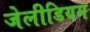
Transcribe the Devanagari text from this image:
जेलीडियम